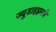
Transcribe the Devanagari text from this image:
ज्युडाइझमचे